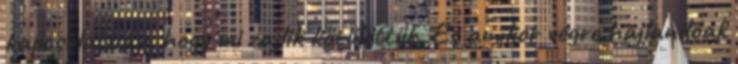
kapcsolatban, hogy mi zajlik körülöttük. És amikor végre hajlandóak